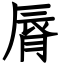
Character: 脣